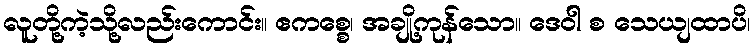
လူတို့ကဲ့သို့လည်းကောင်း။ ဧကစ္စေ၊ အချို့ကုန်သော။ ဒေဝါ စ သေယျထာပိ၊